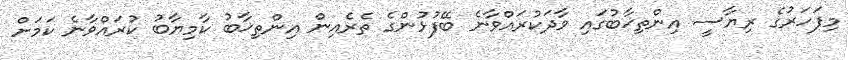
މިފަހަރުގެ ރިޔާސީ އިންތިޚާބުގައި ވާދަކުރައްވާނެ ބޭފުޅުންގެ ތެރެއިން އިންތިޚާބު ކާމިޔާބު ކުރައްވާނެ ކަމަށް